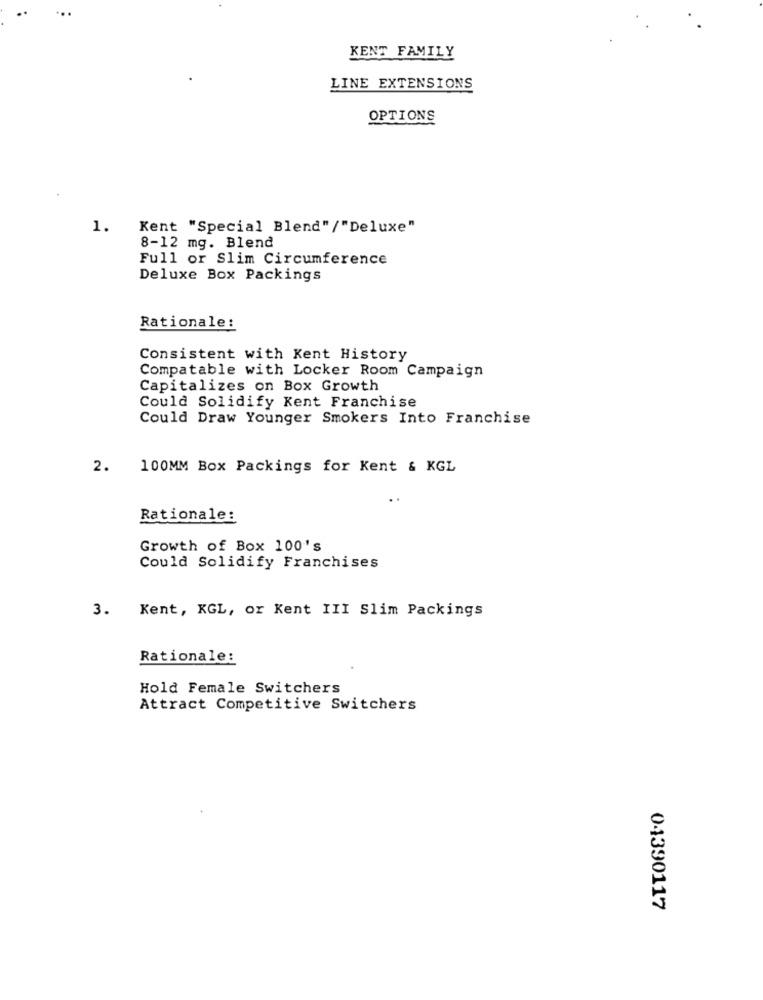
KENT FAMILY
LINE EXTENSIONS
OPTIONS
1.
Kent "Special Blend"/"Deluxe"
8-12 mg. Blend
Full or Slim Circumference
Deluxe Box Packings
Rationale:
Consistent with Kent History
Compatable with Locker Room Campaign
Capitalizes on Box Growth
Could Solidify Kent Franchise
Could Draw Younger Smokers Into Franchise
2.
100MM Box Packings for Kent & KGL
Rationale:
Growth of Box 100's
Could Solidify Franchises
3.
Kent, KGL, or Kent III Slim Packings
Rationale:
Hold Female Switchers
Attract Competitive Switchers
04390117